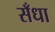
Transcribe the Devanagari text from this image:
सँधा